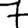
Digit: 7